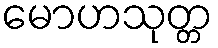
မောဟသုတ္တ